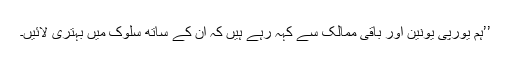
’’ہم یورپی یونین اور باقی ممالک سے کہہ رہے ہیں کہ ان کے ساتھ سلوک میں بہتری لائیں۔